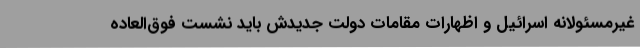
غیرمسئولانه اسرائیل و اظهارات مقامات دولت جدیدش باید نشست فوق‌العاده